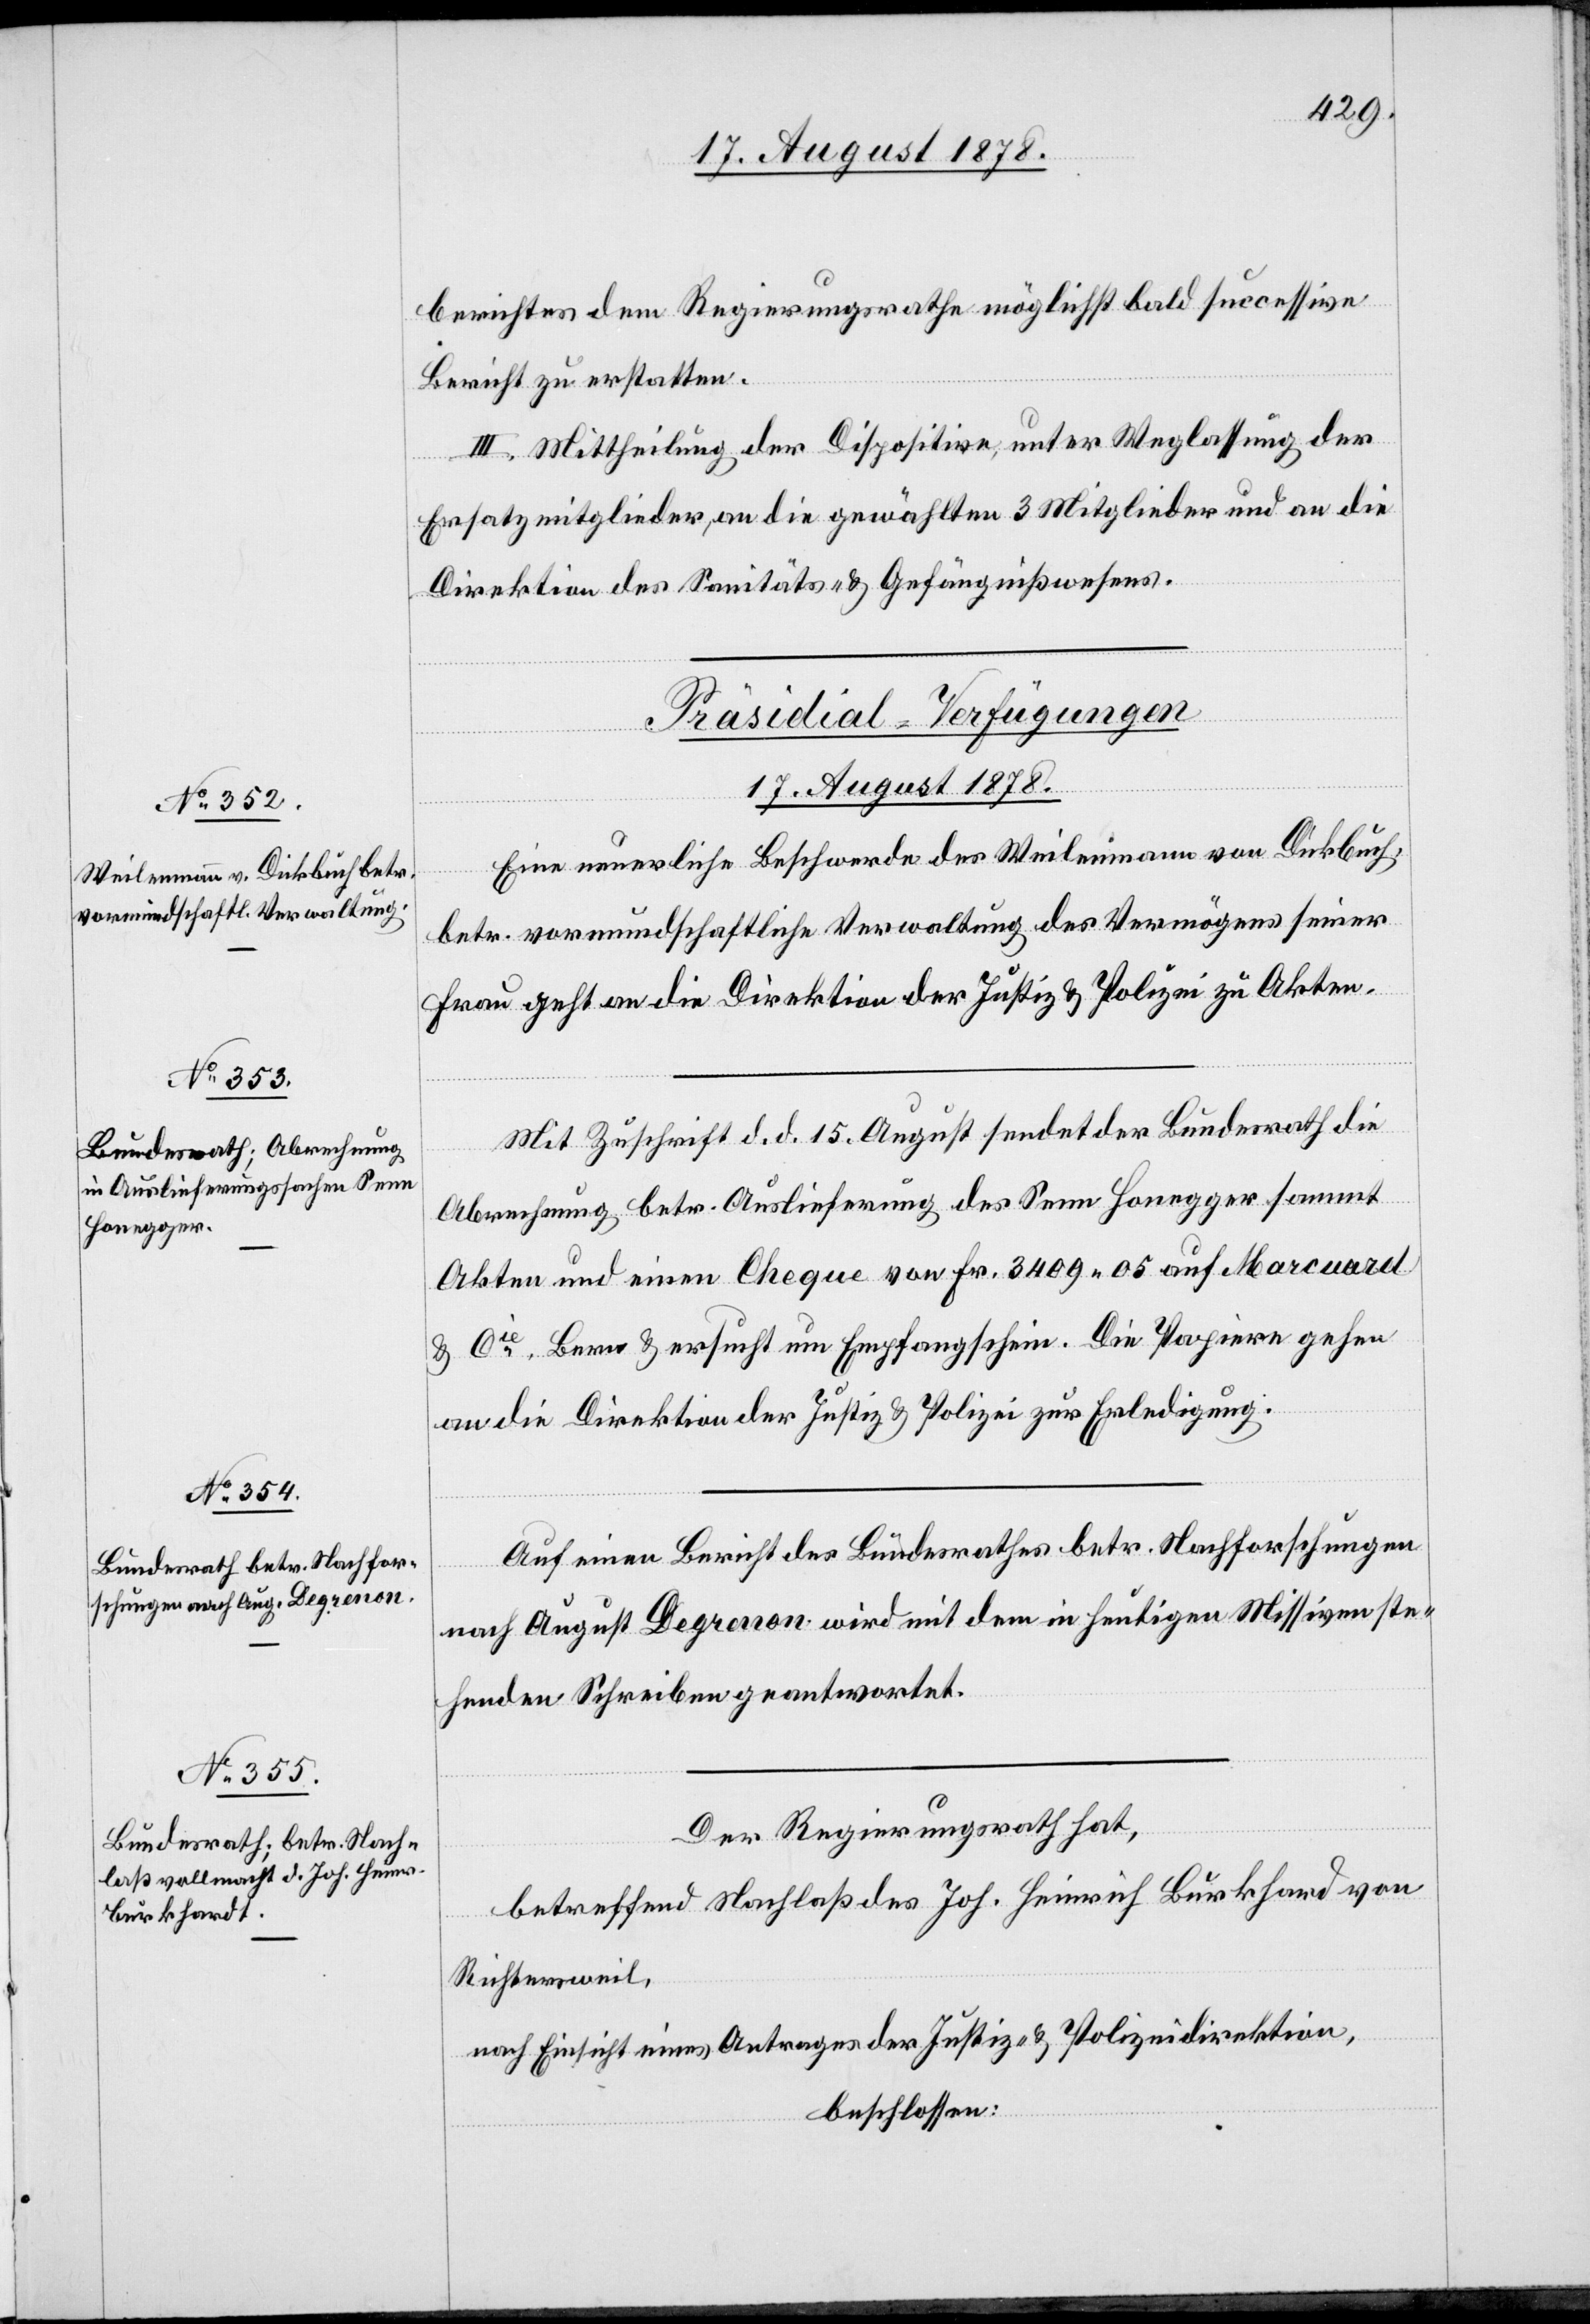
berichtes dem Regierungsrathe möglichst bald successive
Bericht zu erstatten.
III. Mittheilung der Dispositive, unter Weglassung der
Ersatzmitglieder, an die gewählten 3 Mitglieder und an die
Direktion des Sanitäts- & Gefängnißwesens.
[Präsidial-Verfügungen
17. August 1878.]
Eine neuerliche Beschwerde des Weilenmann von Dickbuch,
betr. vormundschaftliche Verwaltung des Vermögens seiner
Frau geht an die Direktion der Justiz & Polizei zu Akten.
Mit Zuschrift d. d. 15. August sendet der Bundesrath die
Abrechnung betr. Auslieferung des Senn Honegger sammt
Akten und einen Cheque von Fr. 3409 05 auf Marcuard
& Cie, Bern & ersucht um Empfangschein. Die Papiere gehen
an die Direktion der Justiz & Polizei zur Erledigung.
Auf einen Bericht des Bundesrathes betr. Nachforschungen
nach August Degrenon wird mit dem in heutigen Missiven ste¬
henden Schreiben geantwortet.
Der Regierungsrath hat,
betreffend Nachlaß des Joh. Heinrich Burkhard
von
Richtersweil,
nach Einsicht eines Antrages der Justiz- & Polizeidirektion,
beschlossen: